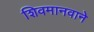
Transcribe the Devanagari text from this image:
शिवमानवाने